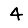
Digit: 4